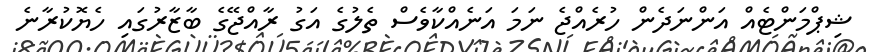
ޝިޕްމަންޓެއް އަންނަދެން ހުރެއްޖެ ނަމަ އަނެއްކާވެސް ތެލުގެ އަގު ރާއްޖޭގެ ބާޒާރުގައި ހެޔޮކުރާނެ